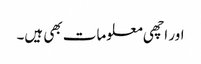
اور اچھی معلومات بھی ہیں۔